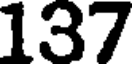
137